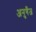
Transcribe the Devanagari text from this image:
अनुगँज